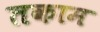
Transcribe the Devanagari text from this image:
तकाम